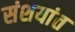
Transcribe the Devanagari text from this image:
संशयांत